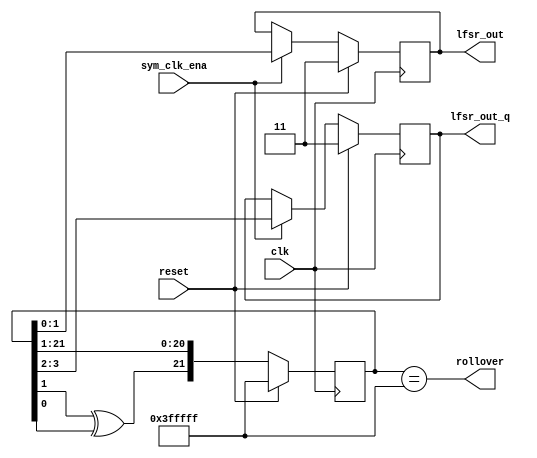
module lfsr (
    input clk,
    input reset,
    input sym_clk_ena,
    output reg [1:0] lfsr_out, lfsr_out_q,
    output wire rollover
);
// Two two bit outputs, updated every symbol clock
// Internal state updates on system clock

reg lfsr_feedback;
reg [21:0] lfsr_reg;

assign rollover = lfsr_reg == 22'H3FFFFF;

always @ *
    lfsr_feedback <= lfsr_reg[1] ^ lfsr_reg[0];

always @ (posedge clk)
    if (reset)
        lfsr_reg <= 22'H3FFFFF;
    else
        lfsr_reg <= {lfsr_feedback, lfsr_reg[21:1]};

reg [6:0] test_counter;
always @ (posedge sym_clk_ena)
    if (reset)
        test_counter <= 1'b0;
    else
        test_counter <= test_counter + 1'b1;


always @ (posedge clk)
    if (reset) begin
        lfsr_out <= 2'b11;
		lfsr_out_q <= 2'b11;
    end
    else if (sym_clk_ena)	// Stimulus input
		begin
        lfsr_out <= lfsr_reg[1:0];
		lfsr_out_q <= lfsr_reg[3:2];
		end
endmodule